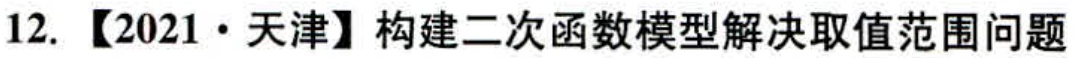
12. 【2021·天津】构建二次函数模型解决取值范围问题